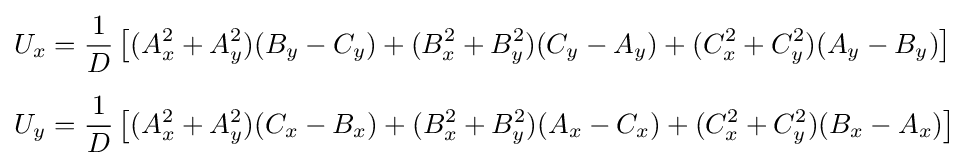
{\begin{aligned}U_{x}&={\frac {1}{D}}\left[(A_{x}^{2}+A_{y}^{2})(B_{y}-C_{y})+(B_{x}^{2}+B_{y}^{2})(C_{y}-A_{y})+(C_{x}^{2}+C_{y}^{2})(A_{y}-B_{y})\right]\\[5pt]U_{y}&={\frac {1}{D}}\left[(A_{x}^{2}+A_{y}^{2})(C_{x}-B_{x})+(B_{x}^{2}+B_{y}^{2})(A_{x}-C_{x})+(C_{x}^{2}+C_{y}^{2})(B_{x}-A_{x})\right]\end{aligned}}